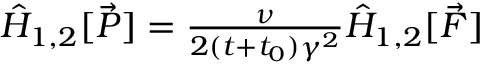
\begin{array} { r } { \hat { H } _ { 1 , 2 } [ \vec { P } ] = \frac { \nu } { 2 ( t + t _ { 0 } ) \gamma ^ { 2 } } \hat { H } _ { 1 , 2 } [ \vec { F } ] } \end{array}